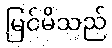
မြင်မိသည်